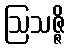
ဩသဇ္ဇိ